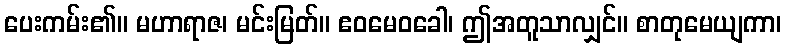
ပေးကမ်း၏။ မဟာရာဇ၊ မင်းမြတ်။ ဧဝမေဝခေါ၊ ဤအတူသာလျှင်။ စာတုမေယျကာ၊